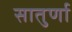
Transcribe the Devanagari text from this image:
सातुर्णा